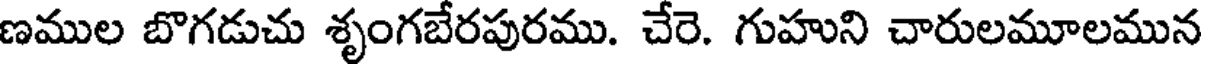
ణముల బొగడుచు శృంగబేరపురము. చేరె. గుహుని చారులమూలమున